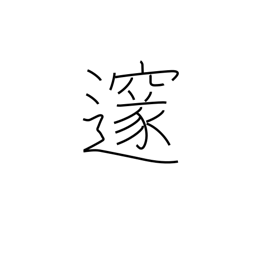
Meaning: profound